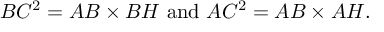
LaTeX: B C ^ { 2 } = A B \times B H { \mathrm { ~ a n d ~ } } A C ^ { 2 } = A B \times A H .